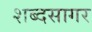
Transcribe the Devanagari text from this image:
शब्‍दसागर